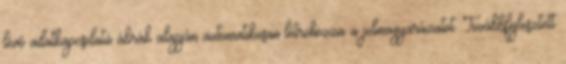
lévő adatkapcsolatú ábrák alapján automatikusan létrehozza a jelmagyarázatot. Továbbfejlesztett